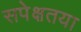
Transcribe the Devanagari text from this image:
सपेक्षतया